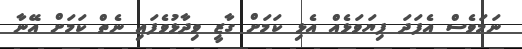
ނަމަވެސް އެފަދަ ފިޔަވަޅެއް އެޅި ކަމަށް ގާޒީ ވިދާޅުވެފައި ނެތް ކަމަށް އޭނާ